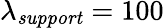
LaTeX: \lambda_{\mathit{support}}=100